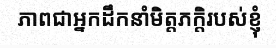
ភាពជាអ្នកដឹកនាំមិត្តភក្តិរបស់ខ្ញុំ